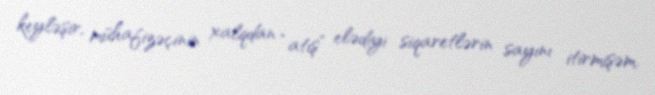
keyləşir, mühafizəçinin xalqdan “atış” elədiyi siqaretlərin sayını itirmişəm.